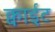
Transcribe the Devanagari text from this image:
क्वाईट